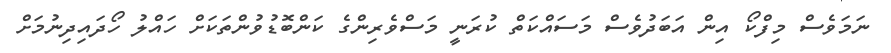
ނަމަވެސް މިފްކޯ އިން އަބަދުވެސް މަސައްކަތް ކުރަނީ މަސްވެރިންގެ ކަންބޮޑުވުންތަކަށް ހައްލު ހޯދައިދިނުމަށް